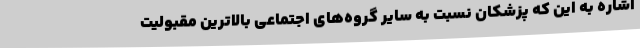
اشاره به این که پزشکان نسبت به سایر گروه‌های اجتماعی بالاترین مقبولیت